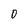
Character: 0